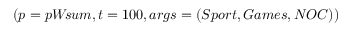
( p = p W \! s u m , t = 1 0 0 , a r g s = ( S p o r t , G a m e s , N O C ) )